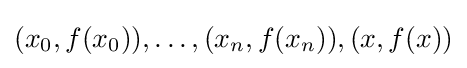
(x_{0},f(x_{0})),\ldots ,(x_{n},f(x_{n})),(x,f(x))